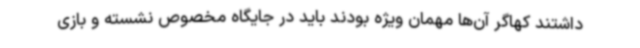
داشتند کهاگر آن‌ها مهمان ویژه بودند باید در جایگاه مخصوص نشسته و بازی